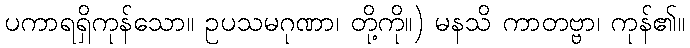
ပကာရရှိကုန်သော။ ဥပသမဂုဏာ၊ တို့ကို။) မနသိ ကာတဗ္ဗာ၊ ကုန်၏။